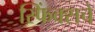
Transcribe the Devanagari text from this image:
स्फिंक्सचे